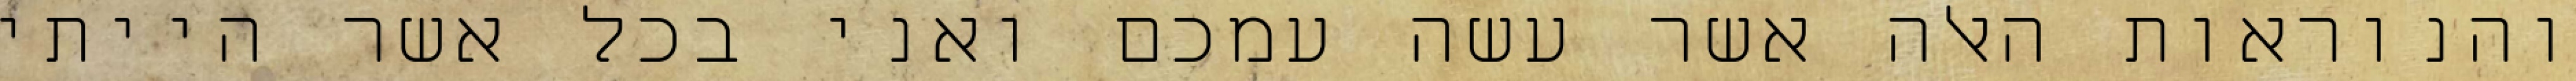
והנוראות האלה אשר עשה עמכם ואני בכל אשר הייתי